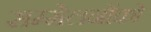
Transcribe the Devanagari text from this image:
सम्मेलनोंको